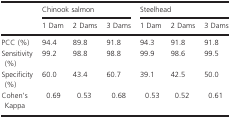
<table><thead><tr><td rowspan="2"></td><td colspan="3"><b>Chinook salmon</b></td><td colspan="3"><b>Steelhead</b></td></tr><tr><td><b>1 Dam</b></td><td><b>2 Dams</b></td><td><b>3 Dams</b></td><td><b>1 Dam</b></td><td><b>2 Dams</b></td><td><b>3 Dams</b></td></tr></thead><tbody><tr><td>PCC (%)</td><td>94.4</td><td>89.8</td><td>91.8</td><td>94.3</td><td>91.8</td><td>91.8</td></tr><tr><td>Sensitivity (%)</td><td>99.2</td><td>98.8</td><td>98.8</td><td>99.9</td><td>98.6</td><td>99.5</td></tr><tr><td>Specificity (%)</td><td>60.0</td><td>43.4</td><td>60.7</td><td>39.1</td><td>42.5</td><td>50.0</td></tr><tr><td>Cohen&#x27;s Kappa</td><td>0.69</td><td>0.53</td><td>0.68</td><td>0.53</td><td>0.52</td><td>0.61</td></tr></tbody></table>